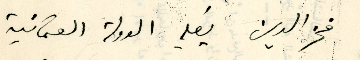
فخر الدين يُصلي الدولة العثمانية